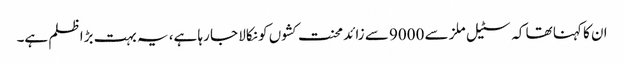
ان کا کہنا تھا کہ سٹیل ملز سے 9000 سے زائد محنت کشوں کو نکالا جا رہا ہے، یہ بہت بڑا ظلم ہے۔